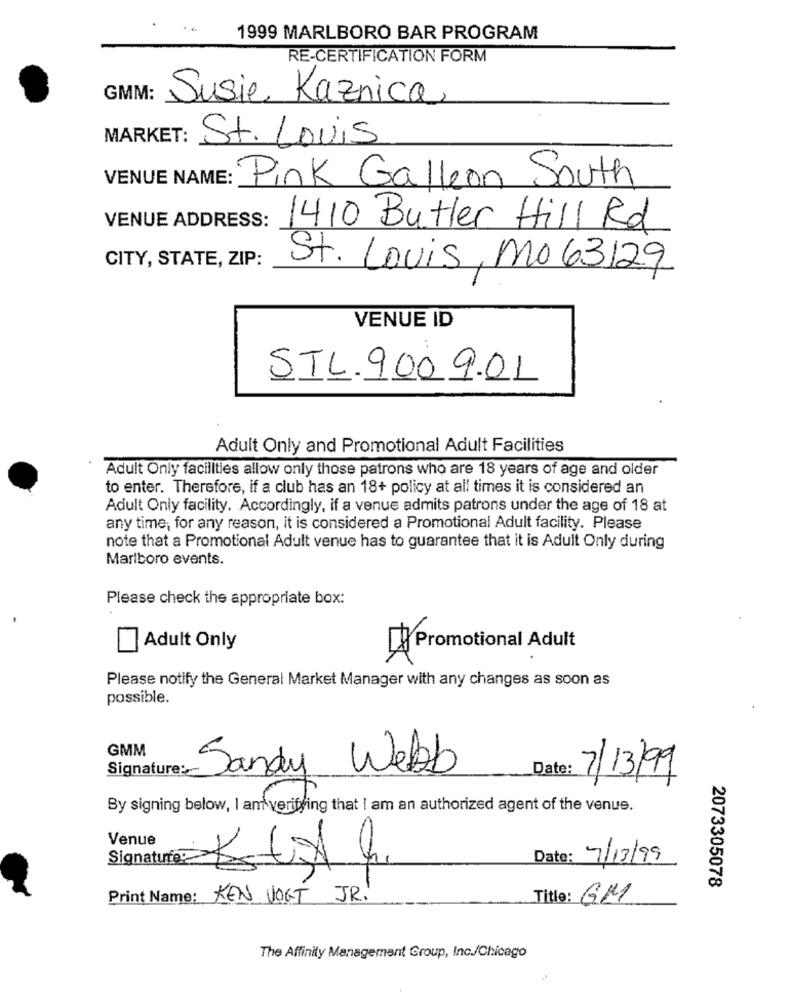
1999 MARLBORO BAR PROGRAM
RE-CERTIFICATION FORM
GMM:
Susie Kaznica
MARKET:
St. Louis
VENUE NAME: Pink Galleon South
VENUE ADDRESS:
1410 Butler Hill Rd
CITY, STATE, ZIP:
St. Louis, Mo 63129
VENUE ID
STL. 900 9.01
Adult Only and Promotional Adult Facilities
Adult Only facilities allow only those patrons who are 18 years of age and older
to enter. Therefore, if a club has an 18+ policy at all times it is considered an
Adult Only facility. Accordingly, if a venue admits patrons under the age of 18 at
any time, for any reason, it is considered a Promotional Adult facility. Please
note that a Promotional Adult venue has to guarantee that it is Adult Only during
Marlboro events.
Please check the appropriate box:
Adult Only
Promotional Adult
Please notify the General Market Manager with any changes as soon as
possible.
GMM
Sandy Webb
Date: 7/13/99
By signing below, I am verifying that I am an authorized agent of the venue.
Venue
Date: 7/13/99
2073305078
Print Name: KEN VOGT JR.
Title: GM
The Affinity Management Group, Inc./Chicago